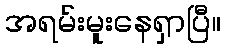
အရမ်းမူးနေရှာပြီ။